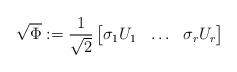
\begin{align*} \sqrt{\Phi} := \frac{1}{\sqrt{2}} \begin{bmatrix} \sigma_1 U_1 & \ldots & \sigma_r U_r \end{bmatrix}\end{align*}